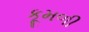
કૂમળી